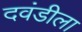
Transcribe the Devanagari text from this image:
दवंडीला